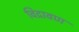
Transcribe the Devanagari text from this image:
विद्रावण